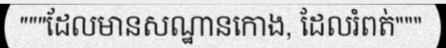
"""ដែលមានសណ្ឋានកោង, ដែលរំពត់"""